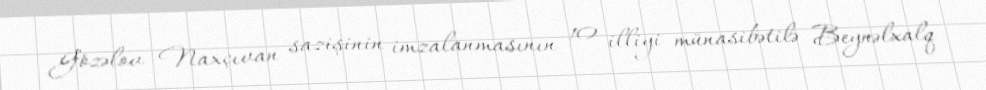
Gözəlov Naxçıvan sazişinin imzalanmasının 10 illiyi münasibətilə Beynəlxalq